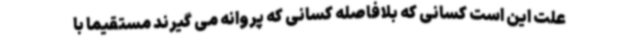
علت این است کسانی که بلافاصله کسانی که پروانه می گیرند مستقیما با